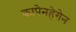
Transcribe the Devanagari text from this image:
कापेनहेगेन